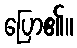
ပြော၏။